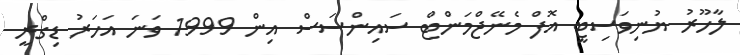
ލާހޫރު ޔުނިވަސިޓީ އޮފް މެނޭޖްމަންޓް ސައިންސަސް އިން 1999 ވަނަ އަހަރު ޑިގްރީ